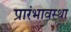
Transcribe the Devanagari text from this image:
प्रारंभावस्था